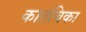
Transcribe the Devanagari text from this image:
कालंबिका